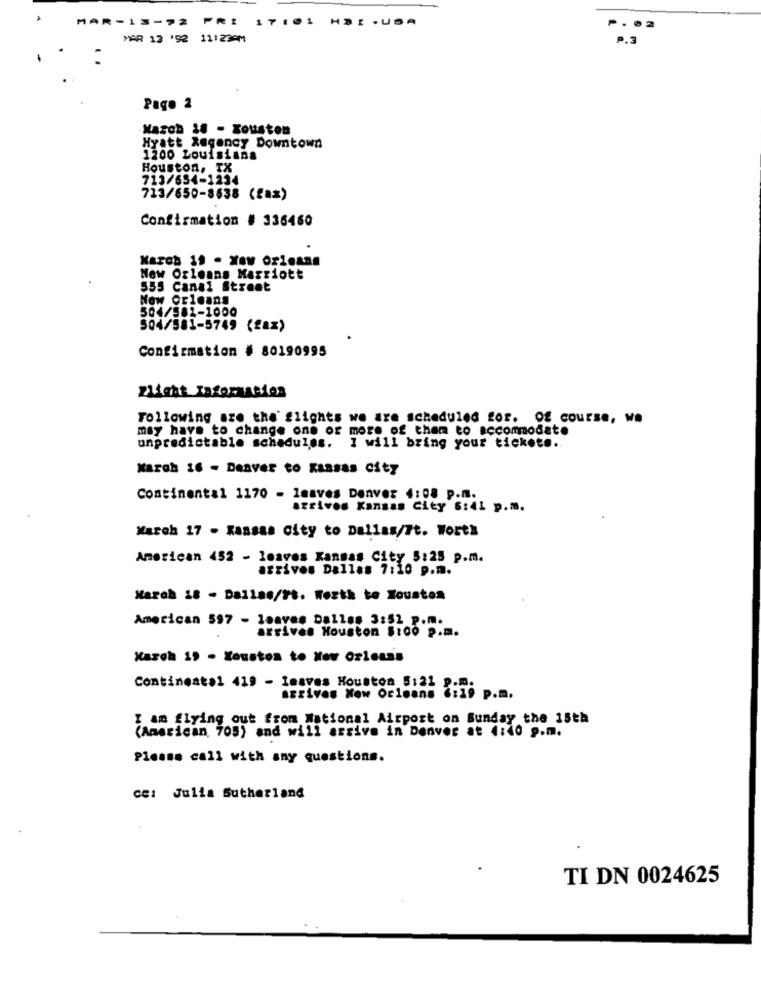
MAR-
FRI 17:01 HDI . USA
....
MAR 12 '92 11:23AM
P.S
Pago 2
·Mazob 18 - Tousten
Hyatt Regency Downtown
1200 Louisiana
Houston, TX
713/654-1234
713/650-8638 (fax)
Confirmation # 336460
March 19 - New orleans
New Orleans Marriott
555 Canal Street
New Orleans
504/581-1000
504/581-5749 (fax)
Confirmation # 80190995
zlight Information
Following are the' flights we are scheduled for. Of course, w.
may have to change one or more of them to accommodate
unpredictable schedules. I will bring your ticket ...
March 16 - Denver to Kansas City
Continental 1170 - leaves Denver 4:08 p.m.
arrives Kansas City 6:41 p.m.
March 17 - Kansas City to Dallas/ft. Worth
American 452 - leaves Kansas City 5:25 p.m.
arrives Dallas 7:10 p.m.
March 18 - Dallas/Ft. Worth to Houston
American 597 - leaves Dalles 3:52 p.m.
arrives Houston $:00 p.m.
March 19 - Youston to New Orleans
Continental 419 - leaves Houston 5:21
azrives New Orleans
Sili P.m.
I am flying out from National Airport on Sunday the 15th
(American, 705) and will arrive in Denver at 4:40 g.m.
Please call with any questions.
ce: Julia Sutherland
TI DN 0024625